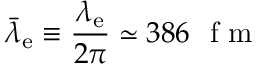
{ \bar { \lambda } } _ { \mathrm { e } } \equiv { \frac { \lambda _ { \mathrm { e } } } { 2 \pi } } \simeq 3 8 6 ~ { \textrm { f m } }